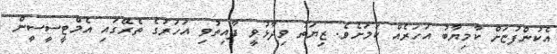
އެކުންފުޏަށް ކާމިޔާބު އަހަރެއް ކަމަށެވެ. ޒިޔަތު ވިދާޅުވީ ފާއިތުވި އަހަރުގެ ތެރޭގައި އެމްޓީސީސީން